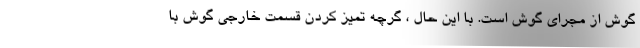
گوش از مجرای گوش است. با این حال ، گرچه تمیز کردن قسمت خارجی گوش با